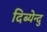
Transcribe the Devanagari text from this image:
दिब्येन्दु